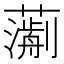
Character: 𧁄